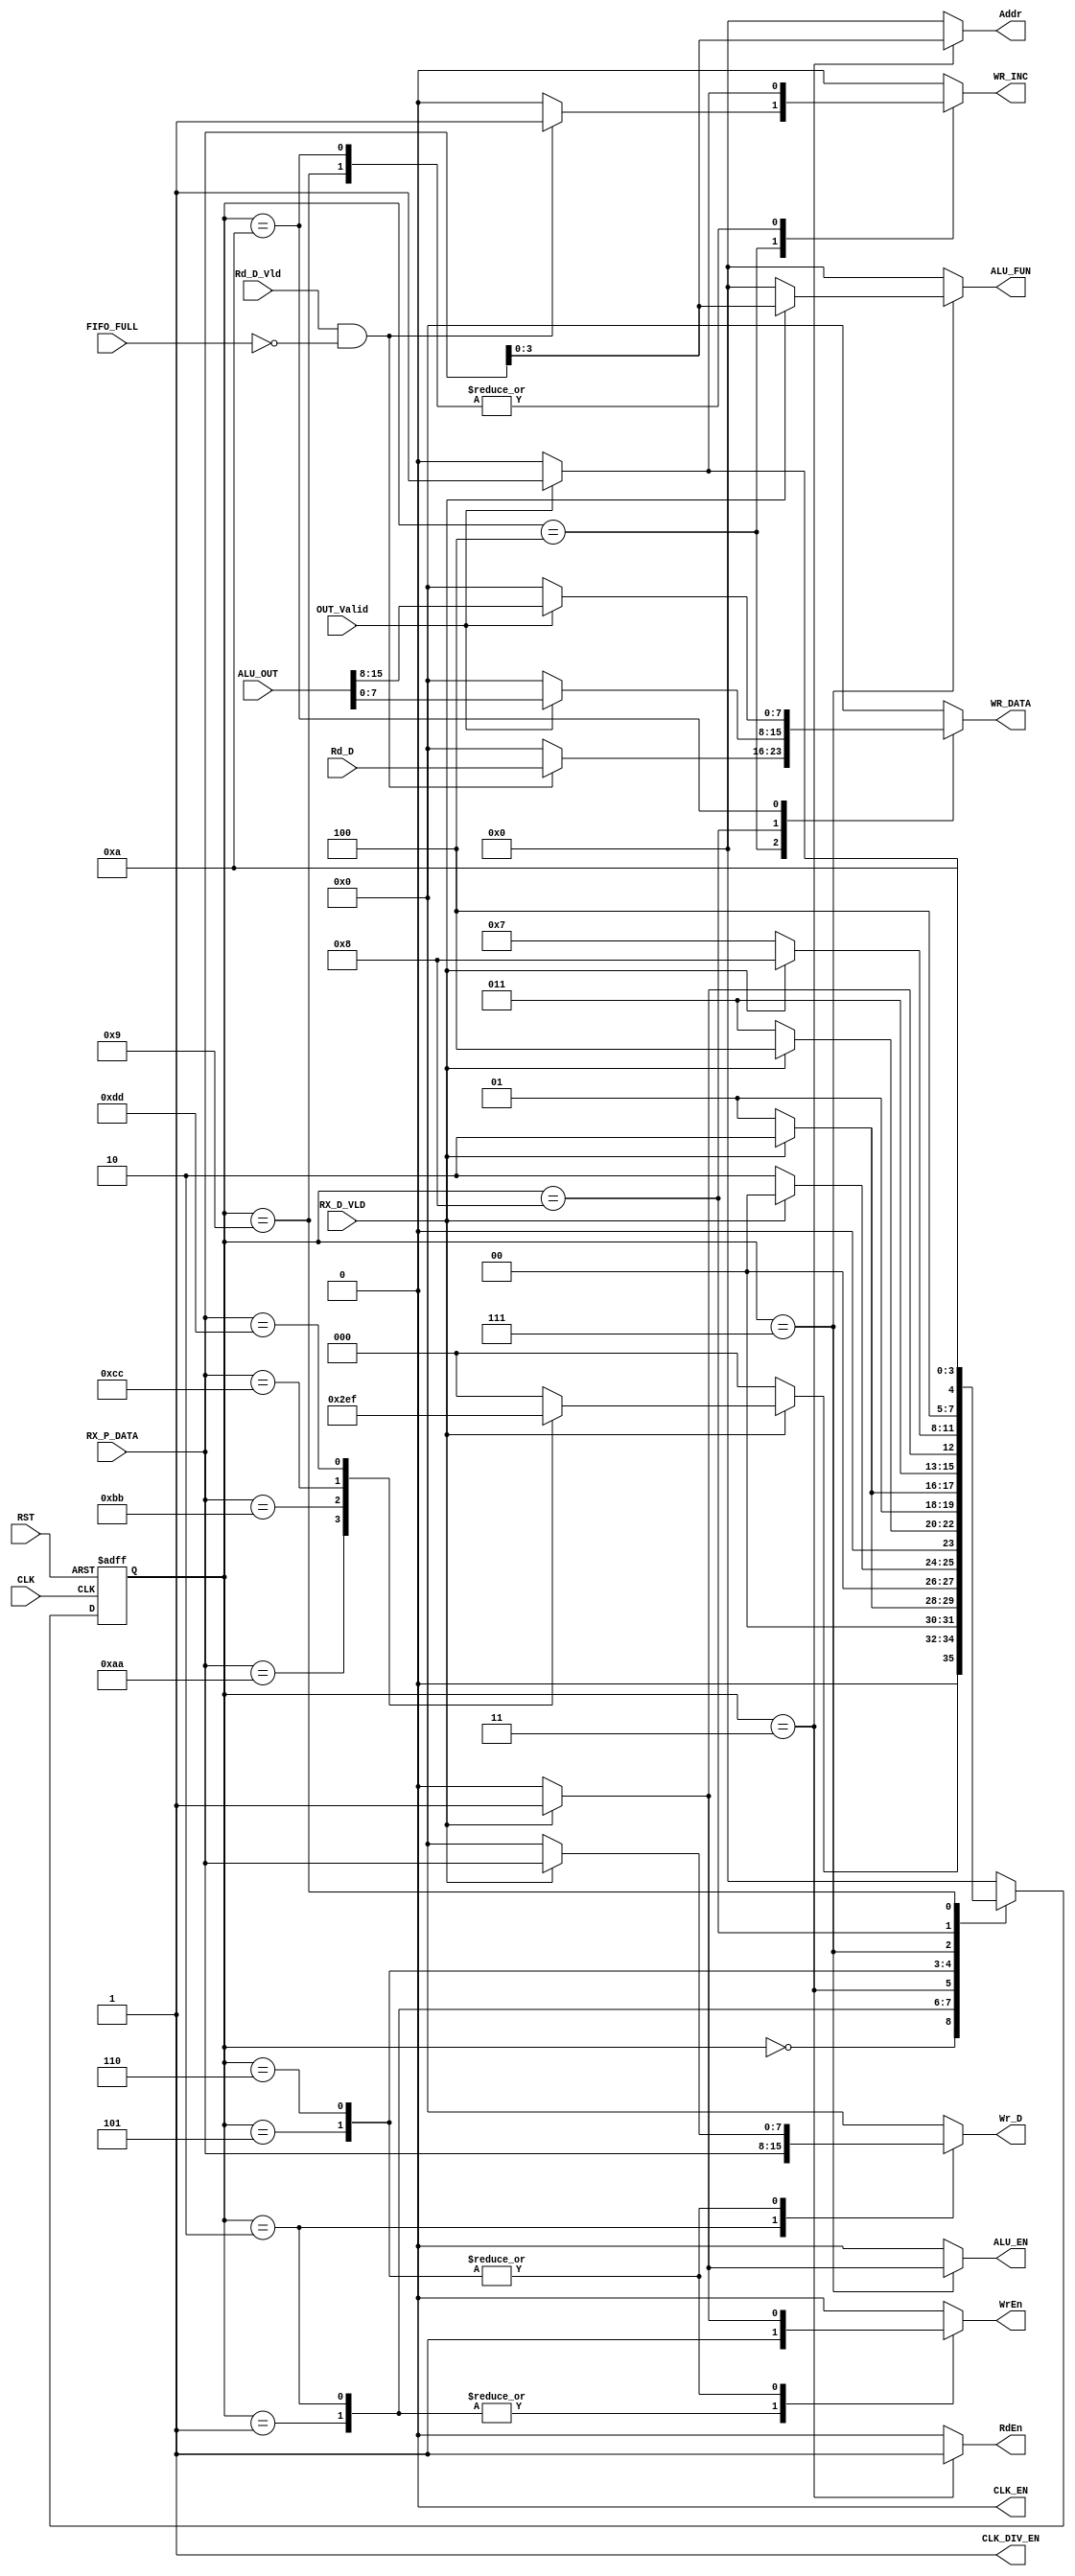
module SYS_CTRL #(parameter WIDTH = 8 , Addr_SIZE = 4) 
(
input  wire    [WIDTH-1:0]     RX_P_DATA     	     , 
input  wire 		       RX_D_VLD  	     ,		
input  wire 		       FIFO_FULL 	     ,
input  wire    [WIDTH*2-1:0]   ALU_OUT   	     ,
input  wire     	       OUT_Valid   	     ,
input  wire 		       Rd_D_Vld	     	     ,
input  wire    [WIDTH-1:0]     Rd_D            	     ,     
input  wire 		       CLK	     	     ,
input  wire 		       RST	     	     ,
output reg    [WIDTH-1:0]     WR_DATA	   	     , 
output reg		       WR_INC                ,
output reg                    ALU_EN		     ,
output reg    [3:0] 	       ALU_FUN		     ,
output reg    [WIDTH-1:0]     Wr_D		     ,
output reg    [Addr_SIZE-1:0] Addr		     ,
output reg    		       RdEn                  ,
output reg    		       CLK_EN                , //CLK_GATE_ENABLE
output reg    		       CLK_DIV_EN            , //CLK_GATE_ENABLE
output reg                    WrEn		     

);

// Values of Commands 

localparam [WIDTH - 1:0]      RF_Wr_CMD          = 'hAA ;
localparam [WIDTH - 1:0]      RF_Rd_CMD          = 'hBB ;
localparam [WIDTH - 1:0]      ALU_OPER_W_OP_CMD  = 'hCC ;
localparam [WIDTH - 1:0]      ALU_OPER_W_NOP_CMD = 'hDD ;

// STATES Gray encoding

localparam  [3:0]       IDLE              		= 4'b0000  ;
localparam  [3:0]       wait_Write_Addr   		= 4'b0001  ;
localparam  [3:0]       wait_Write_Data   		= 4'b0010  ;
localparam  [3:0]       wait_Read_Addr    		= 4'b0011  ;
localparam  [3:0]       wait_Rd_D_Vld    		= 4'b0100  ;
localparam  [3:0]       wait_Operand_A   		= 4'b0101  ;
localparam  [3:0]       wait_Operand_B   		= 4'b0110  ;
localparam  [3:0]       wait_ALU_FUN   	      	        = 4'b0111  ;
localparam  [3:0]       wait_ALU_Vld     	        = 4'b1000  ;
localparam  [3:0]       transmit_ALU_OUT_lower          = 4'b1001  ;
localparam  [3:0]       transmit_ALU_OUT_upper          = 4'b1010  ;

reg         [3:0]      current_state , next_state ;
                  
 
always@(posedge CLK or negedge RST)
begin
   if(!RST)
    begin
     current_state <= IDLE ;
    end
   else
    begin
     current_state <= next_state ;
    end
end
 
//next state logic
always@(*)
 begin
   case (current_state)
	IDLE : begin
	         if(RX_D_VLD)
		    begin
		     case(RX_P_DATA)
			 RF_Wr_CMD: begin
                            next_state = wait_Write_Addr;
                        end

                         RF_Rd_CMD: begin
                            next_state = wait_Read_Addr;
                        end

                         ALU_OPER_W_OP_CMD: begin
                            next_state = wait_Operand_A;
                        end

                         ALU_OPER_W_NOP_CMD: begin
                            next_state = wait_ALU_FUN;
                        end

                        default: begin
                            next_state = IDLE;
                        end
                    endcase
                end
       
                else begin
                    	next_state = IDLE;
                     end
            end   

        wait_Write_Addr : begin
			   if(RX_D_VLD)
                             begin
			        next_state = wait_Write_Data   ;
			     end
			   else
			     begin
				next_state = wait_Write_Addr ;
			     end
			  end

	wait_Write_Data : begin
			    if(RX_D_VLD)
                              begin
                                next_state = IDLE ;
			      end
                            else 
			      begin
				next_state = wait_Write_Data ;
			       end
			  end

       wait_Read_Addr  : begin
			   if(RX_D_VLD)
                             begin
			        next_state = wait_Rd_D_Vld ;
			     end
                           else 
		              begin
				next_state = wait_Read_Addr ;
			      end
			 end

       wait_Rd_D_Vld : begin
			     next_state = IDLE 	;
			end


       wait_Operand_A  : begin
			   if(RX_D_VLD)
                             begin
			        next_state = wait_Operand_B ;
			     end
                           else 
		              begin
				next_state = wait_Operand_A ;
			      end
			 end

       wait_Operand_B  : begin
			   if(RX_D_VLD)
                             begin
			        next_state = wait_ALU_FUN ;
			     end
                           else 
		              begin
				next_state = wait_Operand_B ;
			      end
			 end


       wait_ALU_FUN  : begin
			   if(RX_D_VLD)
                             begin
			        next_state = wait_ALU_Vld ;
			     end
                           else 
		              begin
				next_state = wait_ALU_FUN ;
			      end
			 end  
	

	
      wait_ALU_Vld : begin
	              if(OUT_Valid)
  			begin
			  next_state =  transmit_ALU_OUT_lower ;
	                end 
		      else 
			   next_state = wait_ALU_Vld;
                  end
      transmit_ALU_OUT_lower : begin
			 	      next_state = transmit_ALU_OUT_upper ;
				 end  
      transmit_ALU_OUT_upper : begin
                                   next_state = IDLE;
				end 
   default :begin
		next_state = IDLE;
	    end

  endcase
end

//output logic 
always@(*)
 begin 
	ALU_FUN    = 'b0;
        ALU_EN     = 'b0;
        CLK_EN     = 'b0;
        Addr       = 'b0;
        WrEn       = 'b0;
        Wr_D       = 'b0;
        RdEn       = 'b0;
	WR_DATA    = 'b0;
	CLK_DIV_EN = 'b1;
	WR_INC   = 'b0;
   case (current_state)

     IDLE : 
       begin
	ALU_FUN    = 'b0;
        ALU_EN     = 'b0;
        CLK_EN     = 'b0;
        Addr       = 'b0;
        WrEn      = 'b0;
        Wr_D       = 'b0;
        RdEn      = 'b0;
	WR_DATA    = 'b0;
	CLK_DIV_EN = 'b1;
	WR_INC   = 'b0;
       end  

   wait_Write_Addr :
	begin
	 WrEn   = 'b1;
	end

   wait_Write_Data :
	begin
	 WrEn    = 'b1;
	 Wr_D    = RX_P_DATA; 
	end

   wait_Read_Addr  :
        begin
	  RdEn = 'b1;
	  Addr  = RX_P_DATA[3:0] ;
	end

   wait_Rd_D_Vld   :
	begin
         if(Rd_D_Vld && !FIFO_FULL)
             begin
		  WR_DATA = Rd_D ;
		  WR_INC  = 'b1  ;
	     end
        else
             begin
		  WR_DATA = 'b0  ;
		  WR_INC  = 'b0  ;
	     end
       end
   wait_Operand_A   :
	begin
         if(RX_D_VLD)
             begin
	 	WrEn   = 'b1;
		Wr_D    = RX_P_DATA;
	     end
        else
             begin
	 	WrEn   = 'b0;
		Wr_D    = 'b0;
	     end
     end

   wait_Operand_B   :
	begin
         if(RX_D_VLD)
             begin
	 	WrEn   = 'b1;
		Wr_D    = RX_P_DATA;
	     end
        else
             begin
	 	WrEn   = 'b0;
		Wr_D    = 'b0;
	     end
	end

   wait_ALU_FUN   :
	begin
         if(RX_D_VLD)
             begin
	 	ALU_EN   = 'b1;
		ALU_FUN  = RX_P_DATA;
	     end
        else
             begin
	 	ALU_EN   = 'b0;
		ALU_FUN  = 'b0;
	     end
	end      


   wait_ALU_Vld   :
	begin
         if(OUT_Valid)
             begin
		WR_DATA = ALU_OUT[7:0] ;
	     end
        else
             begin
		WR_DATA = 'b0 ;
	     end
	end  

   transmit_ALU_OUT_lower :
	begin
          if(OUT_Valid)
             begin
		WR_INC = 'b1;
	     end
        else
             begin
		WR_INC = 'b0;
	     end
	end  

     transmit_ALU_OUT_upper :
	begin
          if(OUT_Valid)
             begin
		WR_DATA = ALU_OUT[15:8] ;
		WR_INC  = 'b1;
	     end
        else
             begin
		WR_DATA = 'b0;
		WR_INC  = 'b0;
	     end
	end  
  endcase
end  
endmodule